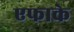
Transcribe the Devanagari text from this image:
एफाके